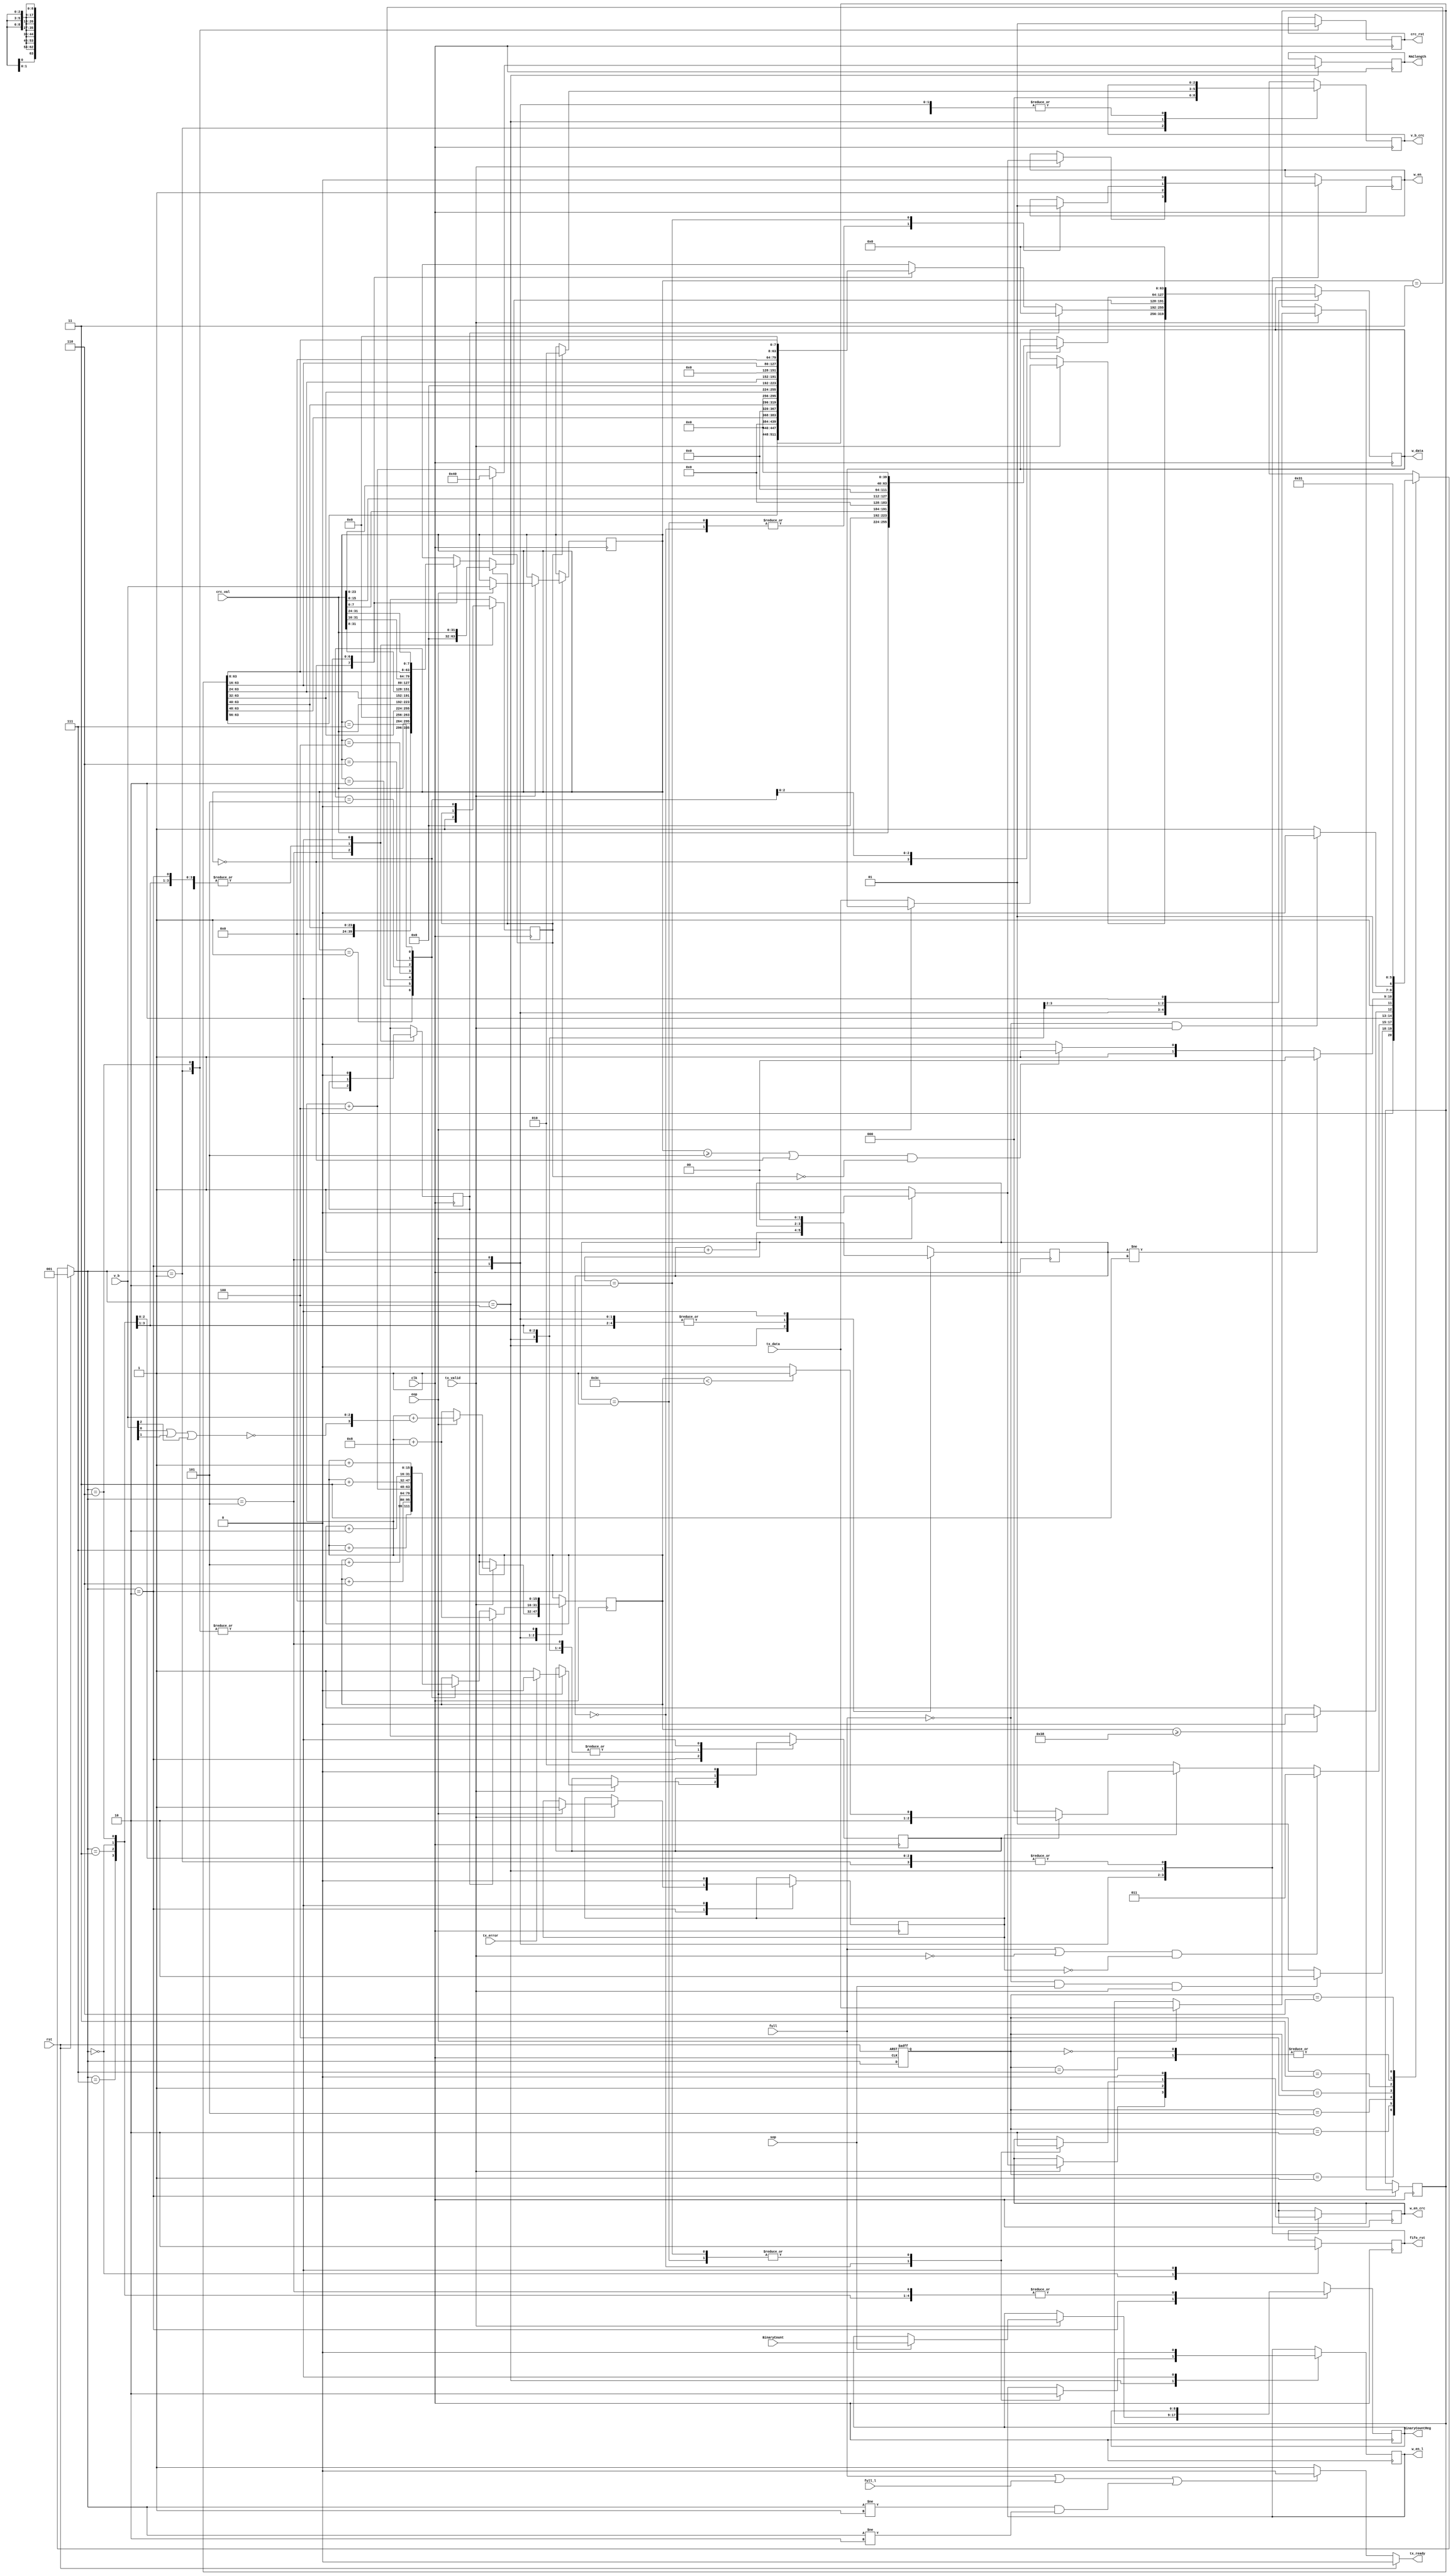
module D_FETCH(
    input clk,
    input rst,
    input [63:0] tx_data,
    input [2:0] v_b,//#number of valid bytes,always zero except eop can have value, 000---->indicates 8
    input sop,
    input eop,
    output reg tx_ready,
    input tx_valid, 
    input tx_error,
    //FIFO-Packet Data
    output reg [63:0] w_data,
    output reg w_en,
    output reg fifo_rst,
    input full,
    input [ADDR_WIDTH-1:0] BinaryCount,
    output reg [ADDR_WIDTH-1:0] BinaryCountReg,
    //FIFO-Packet Length
    output reg w_en_l,
    input full_l,
    output reg [15:0] MAClength,
    //CRC
    output reg crc_rst,
    output reg w_en_crc,
    output reg [2:0] v_b_crc,
    input [31:0] crc_val
    );
    //parameter minFrameSize=64-4;
    parameter MFS=16'd60;//bytes
    parameter ADDR_WIDTH = 9;

    //FIFO control
    parameter IDLE=3'd1,WRITE=3'd2,WAIT=3'd3,ERROR=3'd0,WRITECRC1=3'd4,WRITECRC2=3'd7,PADDING=3'd5,CLOCKE1=3'd6;
    reg [2:0] PS,NS;
    reg eop_status,t_okay;
    reg [15:0] t_length;
    
    //other Registers
    reg [63:0] w_dataReg;
    reg [2:0] v_bReg;
    reg [1:0] ccnt; //clock count
    //reg wcrc1; //to hold at state WRITECRC1 two cycles
    //reg [15:0] t_lengthReg;
    reg padded;
    reg padd1;
    //tx_ready
    always@(*)begin
        if(rst)
            tx_ready<=1'b0;
        else
            if((full || full_l) || (NS!=IDLE && NS!=WRITE))
                tx_ready<=1'b0;
            else
                tx_ready<=1'b1;    
    end
    //sequential logic
    always@(posedge clk or posedge rst)begin
        if (rst)
            PS<=IDLE;
        else
            PS<=NS;       
    end
    always@(posedge clk) begin
        case(NS)
            IDLE:begin
                //wcrc1=1'd0;
                ccnt=2'd0;
                v_b_crc=3'd0;
                padd1=1'd0;
                padded=1'b0;
                t_length<=15'd0;
                w_data<=64'd0;
                w_en<=1'b0;
                w_en_crc<=1'b0;
                w_en_l<=1'b0;
                fifo_rst<=1'b0;
                eop_status<=1'b0;
                t_okay=1'b0;
                crc_rst<=1'b0; 
            end
            WRITE:begin
                if(tx_valid)begin
                if(sop)
                    BinaryCountReg=BinaryCount;
                if(eop)begin
                    w_en<=1'b0;
                    w_en_crc<=1'b0;
                    w_dataReg<=tx_data;
                    v_bReg<=v_b;
                    t_length<=t_length+{11'd0,~(v_b[0]||v_b[1]||v_b[2]),v_b};
                    eop_status<=1'b1;  
                    if(tx_error)
                        t_okay<=1'b0;
                    else
                        t_okay<=1'b1;
                    end  
                else begin
                   t_length<=t_length+15'd8; 
                   w_data<=tx_data;
                   w_en<=1'b1;
                   w_en_crc<=1'b1;
                   end
               end
            end
            PADDING:begin
               padded<=1'b1;
               w_en<=1'b1;
               w_en_crc<=1'b1;
               if(padd1) begin
                   t_length<=t_length+15'd8;
                   w_data<=64'd0;//arbitary 
                   end
               else begin
                    padd1=1'd1;
                    case(v_bReg)
                        3'd0:begin 
                            w_data<=w_dataReg;
                        end
                        3'd1:begin 
                            w_data<={w_dataReg[63:56],56'd0};
                            t_length<=t_length+15'd7;
                        end
                        3'd2:begin 
                            w_data<={w_dataReg[63:48],48'd0};
                            t_length<=t_length+15'd6;
                        end
                        3'd3: begin
                            w_data<={w_dataReg[63:40],40'd0};
                            t_length<=t_length+15'd5;
                        end
                        3'd4:begin 
                            w_data<={w_dataReg[63:32],32'd0};
                            t_length<=t_length+15'd4;
                        end
                        3'd5:begin  
                            w_data<={w_dataReg[63:24],24'd0};
                            t_length<=t_length+15'd3;
                        end
                        3'd6:begin 
                            w_data<={w_dataReg[63:16],16'd0};
                            t_length<=t_length+15'd2;
                        end
                        3'd7:begin
                            w_data<={w_dataReg[63:8],8'd0};
                            t_length<=t_length+15'd1;
                        end
                    endcase
               end
            end
            WRITECRC1:begin
               ccnt<=ccnt+2'd1;
               case(ccnt)
               2'd0:begin
                   w_en_crc<=1'b1; 
                   w_en<=1'b0;
                   w_en_l<=1'b1;
               end
               2'd1:begin
                   w_en_crc<=1'b0; 
                   w_en<=1'b0;
                   w_en_l<=1'b0;
               end
               2'd2:begin
                   w_en_crc<=1'b0; 
                   w_en<=1'b1;
                   w_en_l<=1'b0;
               end                            
               endcase

               if(padded) begin
                    MAClength<=MFS+15'd4;
                    w_data<={32'd0,crc_val};
                    v_b_crc<=3'd2;
                    end
               else begin;
                    MAClength<=t_length+15'd4;
                    v_b_crc<=v_bReg;
                    case(v_bReg)
                        3'd0:w_data<=w_dataReg;
                        3'd1:w_data<={w_dataReg[63:56],crc_val,24'd0};
                        3'd2:w_data<={w_dataReg[63:48],crc_val,16'd0};
                        3'd3:w_data<={w_dataReg[63:40],crc_val,8'd0};
                        3'd4:w_data<={w_dataReg[63:32],crc_val};
                        3'd5:w_data<={w_dataReg[63:24],crc_val[31:8]};
                        3'd6:w_data<={w_dataReg[63:16],crc_val[31:16]};
                        3'd7:w_data<={w_dataReg[63:8],crc_val[31:24]};
                    endcase
                    end
            end
            WRITECRC2:begin
                case(v_bReg)
                    3'd0:w_data<={crc_val,32'd0};
                    3'd5:w_data<={crc_val[7:0],56'd0};
                    3'd6:w_data<={crc_val[15:0],48'd0};
                    3'd7:w_data<={crc_val[23:0],40'd0};
                endcase
            end
            WAIT:begin
                w_en<=1'b0;
                w_en_crc<=1'b0;
            end
            ERROR:begin
                w_en<=1'b0;
                w_en_crc<=1'b0;
                fifo_rst<=1'b1;
            end
            CLOCKE1:begin
                ccnt=2'd0;
                padd1=1'd0;
                padded=1'b0;
                t_length<=15'd0;
                w_data<=64'd0;
                w_en<=1'b0;
                w_en_l<=1'b0;
                w_en_crc<=1'b0;
                fifo_rst<=1'b0;
                eop_status<=1'b0;
                t_okay=1'b0;
                crc_rst<=1'b1;
            end           
        endcase
    end
       
    //combinational logic
    always@(*)begin
        if(rst)
            NS=IDLE;
        else begin
            case(PS)
                IDLE:begin
                    if(!full && sop && tx_valid)begin
                        NS=WRITE;
                        end
                    else begin
                        NS=IDLE;
                        end
                end
                WRITE:begin
                    if((full || !tx_valid) && !eop_status)
                        NS=WAIT;
                    else if (!eop_status)
                        NS=WRITE;
                    else if(!t_okay)
                        NS=ERROR;
                    else if(t_length<MFS)
                        NS=PADDING; 
                    else
                        NS=WRITECRC1;
                end
                PADDING:begin
                    if(t_length>=(MFS-16'd4))
                        NS=WRITECRC1;
                    else
                        NS=PADDING;
                end
                WRITECRC1:begin
                    if(ccnt!=2'd3)begin
                       NS=WRITECRC1;
                    end
                    else if((v_bReg>=3'd5 || v_bReg==3'd0) && !padded)
                        NS=WRITECRC2;
                    else
                        NS=CLOCKE1;
                end
                WRITECRC2:begin
                    NS=CLOCKE1;
                end
                WAIT:begin
                    if(!full && tx_valid)
                        NS=WRITE;
                    else
                        NS=WAIT;
                end
                ERROR:begin
                    NS=CLOCKE1;
                end
                CLOCKE1:begin
                    NS=IDLE;
                end
            endcase
        end
    end
  
endmodule